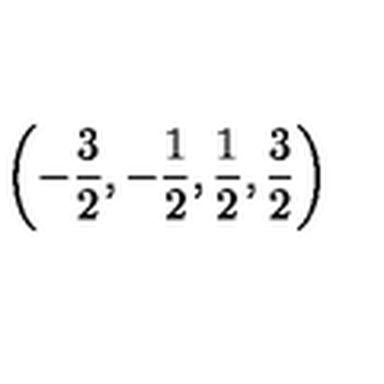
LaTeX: \left( - \displaystyle \frac { 3 } { 2 } , - \displaystyle \frac { 1 } { 2 } , \displaystyle \frac { 1 } { 2 } , \displaystyle \frac { 3 } { 2 } \right)